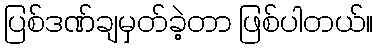
ပြစ်ဒဏ်ချမှတ်ခဲ့တာ ဖြစ်ပါတယ်။